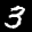
Label: 3